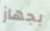
بجهاز